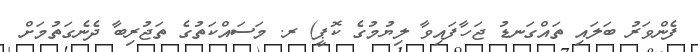
ފެންވަރު ބަލައި ތައްގަނޑު ޖަހާފައިވާ ލިޔުމުގެ ކޮޕީ) ރ. މަސައްކަތުގެ ތަޖުރިބާ ދެނެގަތުމަށް